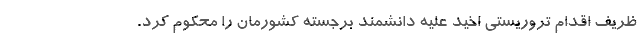
ظریف اقدام تروریستی اخید علیه دانشمند برجسته کشورمان را محکوم کرد.